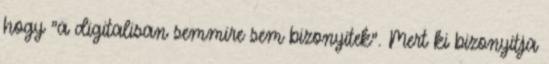
hogy "a digitalisan semmire sem bizonyitek". Mert ki bizonyitja